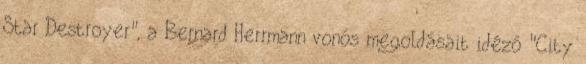
Star Destroyer", a Bernard Herrmann vonós megoldásait idéző "City